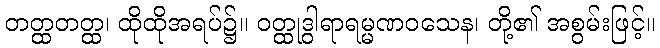
တတ္ထတတ္ထ၊ ထိုထိုအရပ်၌။ ဝတ္ထုဒွါရာရမ္မဏဝသေန၊ တို့၏ အစွမ်းဖြင့်။